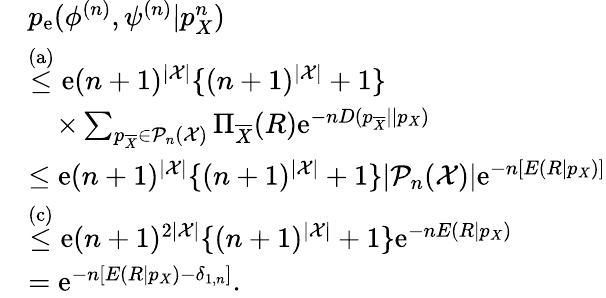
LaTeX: \begin{array}{rl}&{p_{\mathrm{e}}(\phi^{(n)},\psi^{(n)}|p_{X}^{n})}\\ &{\stackrel{\mathrm{(a)}}{\leq}\mathrm{e}(n+1)^{|{\cal X}|}\{ (n+1)^{|{\cal X}|}+1\} }\\ &{\quad\times\sum_{p_{\overline{{X}}}\in{\cal P}_{n}({\cal X})}\Pi_{\overline{{X}}}(R)\mathrm{e}^{-nD(p_{\overline{{X}}}||p_{X})}}\\ &{\leq\mathrm{e}(n+1)^{|{\cal X}|}\{ (n+1)^{|{\cal X}|}+1\} |{\cal P}_{n}({\cal X})|\mathrm{e}^{-n[E(R|p_{X})]}}\\ &{\stackrel{\mathrm{(c)}}{\leq}\mathrm{e}(n+1)^{2|{\cal X}|}\{ (n+1)^{|{\cal X}|}+1\} \mathrm{e}^{-nE(R|p_{X})}}\\ &{=\mathrm{e}^{-n[E(R|p_{X})-\delta_{1,n}]}.}\end{array}